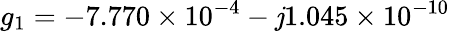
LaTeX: g_{1}=-7.770\times10^{-4}-\mathit{j}1.045\times10^{-10}